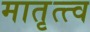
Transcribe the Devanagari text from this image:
मातृत्त्व